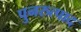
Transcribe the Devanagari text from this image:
पुनरुत्पाद